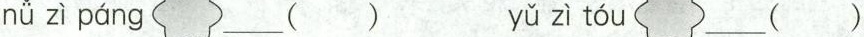
nǚ zì páng___() yǔ zì tóu ___()